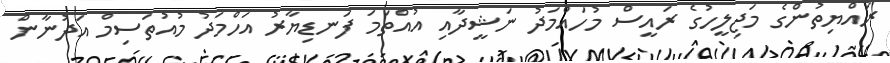
ރައްޔިތުންގެ މަޖިލީހުގެ ރައީސް މުހައްމަދު ނަޝީދާއި އުއްތަމަ ފަނޑިޔާރު އަހްމަދު މުއުތަސިމް އަދުނާން